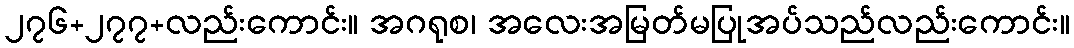
၂၇၆+၂၇၇+လည်းကောင်း။ အဂရုစ၊ အလေးအမြတ်မပြုအပ်သည်လည်းကောင်း။